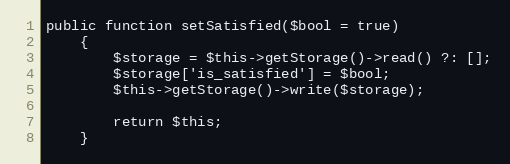
Language: PHP
public function setSatisfied($bool = true)
    {
        $storage = $this->getStorage()->read() ?: [];
        $storage['is_satisfied'] = $bool;
        $this->getStorage()->write($storage);

        return $this;
    }